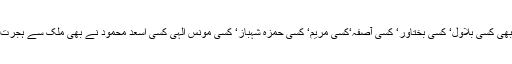
کیا کبھی کسی بلاول‘ کسی بختاور‘ کسی آصفہ‘کسی مریم‘ کسی حمزہ شہباز‘ کسی مونس الٰہی کسی اسعد محمود نے بھی ملک سے ہجرت کی؟